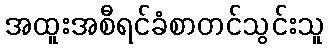
အထူးအစီရင်ခံစာတင်သွင်းသူ